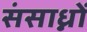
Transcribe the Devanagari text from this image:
संसाध्नों